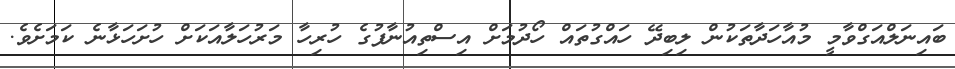
ބައިނަލްއަގްވާމީ މުއާހަދާތަކުން ލިބިދޭ ހައްގުތައް ހޯދުމަށް އިސްތިއުނާފުގެ ހުރިހާ މަރުހަލާއަކަށް ހުށަހަޅާނެ ކަމަށެވެ.